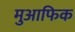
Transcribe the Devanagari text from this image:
मुआफिक